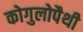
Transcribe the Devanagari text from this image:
कोगुलोपैथी